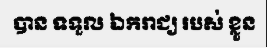
បាន ទទួល ឯករាជ្យ របស់ ខ្លួន